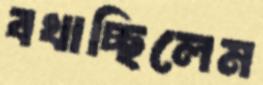
বখাচ্ছিলেম